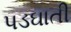
પડઘાતી